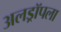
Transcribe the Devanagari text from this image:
अलड्रॉपला